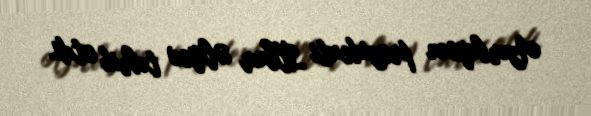
Azərbaycan prezidenti İlham Əliyev təbrik etdi.